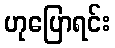
ဟုပြောရင်း